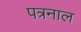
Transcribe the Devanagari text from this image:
पत्रनाल